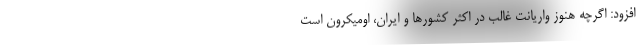
افزود: اگرچه هنوز واریانت غالب در اکثر کشورها و ایران، اومیکرون است